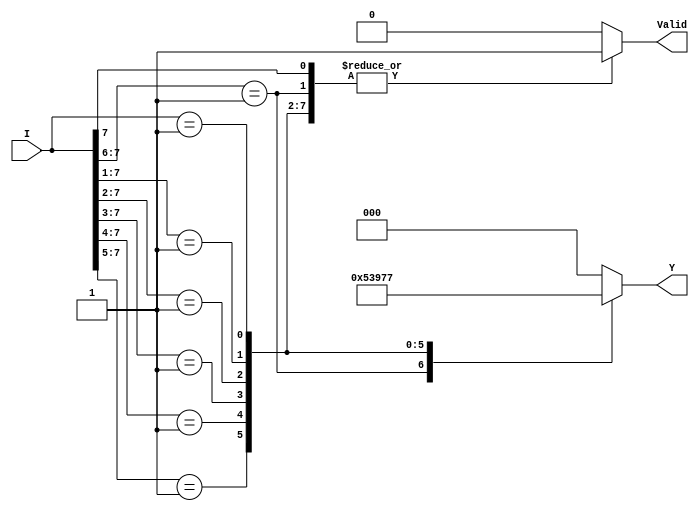
module Encoder8to3 (
    input  wire [7:0] I,    // 8 input lines (I0 to I7)
    output reg  [2:0] Y,    // 3-bit output
    output reg        Valid   // Output valid signal
);

// Encoding logic
always @* begin
    casez (I)
        8'b1??????? : begin Y = 3'b000; Valid = 1; end // I0 is active
        8'b01?????? : begin Y = 3'b001; Valid = 1; end // I1 is active
        8'b001????? : begin Y = 3'b010; Valid = 1; end // I2 is active
        8'b0001???? : begin Y = 3'b011; Valid = 1; end // I3 is active
        8'b00001??? : begin Y = 3'b100; Valid = 1; end // I4 is active
        8'b000001?? : begin Y = 3'b101; Valid = 1; end // I5 is active
        8'b0000001? : begin Y = 3'b110; Valid = 1; end // I6 is active
        8'b00000001 : begin Y = 3'b111; Valid = 1; end // I7 is active
        default     : begin Y = 3'b000; Valid = 0; end // No active inputs
    endcase
end

endmodule